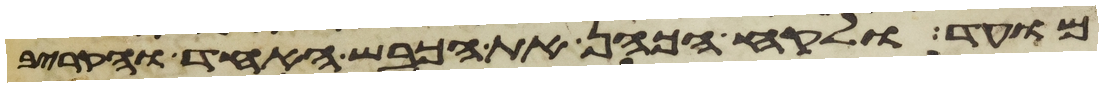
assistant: מועד ולקח הכהן את הכבש האחד והקריב